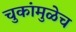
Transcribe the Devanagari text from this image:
चुकांमुळेच